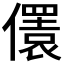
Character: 𠐛